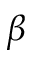
\beta